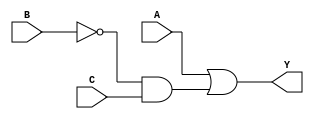
module combinational_logic (
    input wire A,     // Input A
    input wire B,     // Input B
    input wire C,     // Input C
    output wire Y     // Output Y
);

// Combinational logic based on the simplified expression
assign Y = A | (~B & C);

endmodule